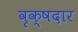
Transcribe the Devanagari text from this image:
वृक्षदार